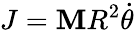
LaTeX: J=\mathbf{M}R^{2}{\dot{{\theta}}}